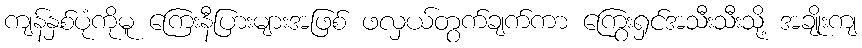
ကျန်နှစ်ပုံကိုမူ ကြေးနီပြားများအဖြစ် ဖလှယ်တွက်ချက်ကာ ကြွေးရှင်အသီးသီးသို့ အချိုးကျ